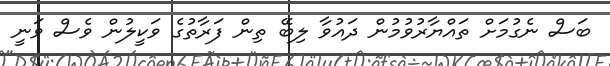
ބަސް ނެގުމަށް ތައްޔާރުވުމުން ދައުވާ ލިބޭ ތިން ފަރާތުގެ ވަކީލުން ވެސް ވަނީ